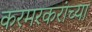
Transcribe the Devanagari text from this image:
करमरकरांच्या